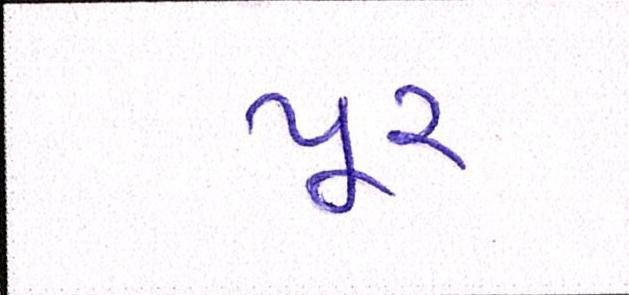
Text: પૂર